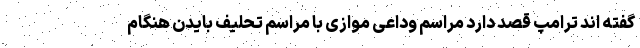
گفته اند ترامپ قصد دارد مراسم وداعی موازی با مراسم تحلیف بایدن هنگام